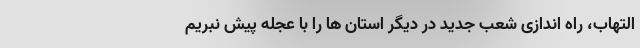
التهاب، راه اندازی شعب جدید در دیگر استان ها را با عجله پیش نبریم